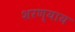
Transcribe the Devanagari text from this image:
शरण्याय